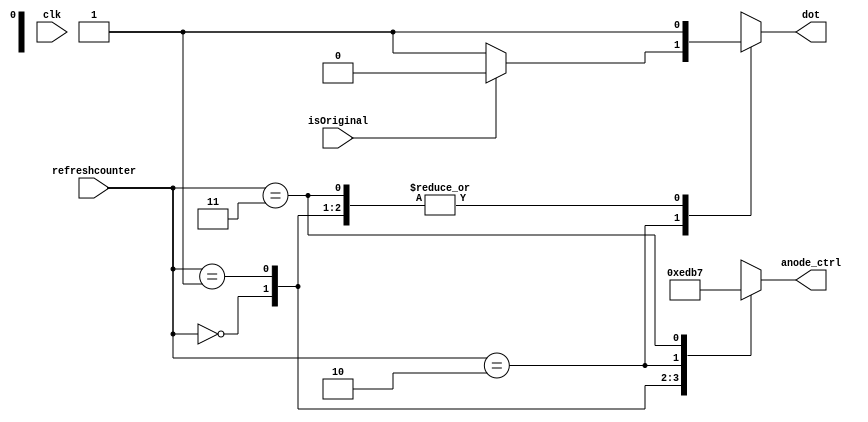
`timescale 1ns / 1ps

module anodes_ctrl(
input[1:0] refreshcounter,
input clk,
output reg[3:0] anode_ctrl, 
input isOriginal,
output reg dot
    );

always@ (refreshcounter)
begin
    case(refreshcounter)
        2'b00: begin anode_ctrl = 4'b1110; dot<= 1'b1; end
        2'b01: begin anode_ctrl = 4'b1101; dot<= 1'b1; end
        2'b10: begin 
        anode_ctrl = 4'b1011; 
        if (isOriginal)
            dot <= 1'b0; //dot is output low
        else
             dot <= 1'b1; //dot is output low
        end
        2'b11: begin anode_ctrl = 4'b0111; dot<= 1'b1; end
    endcase
end
endmodule